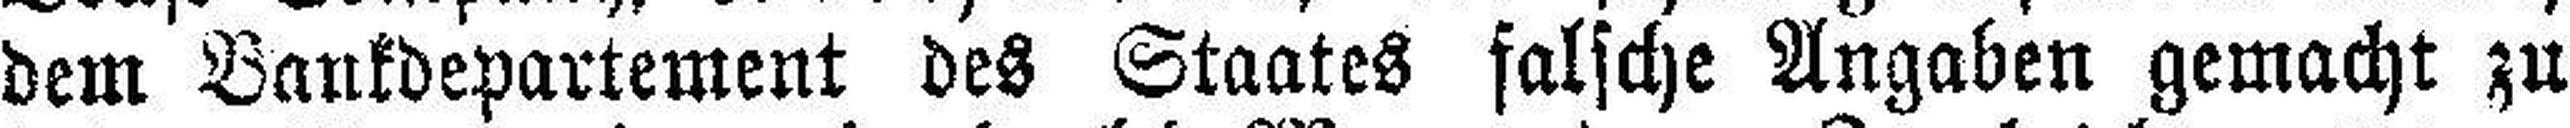
dem Bankdepartement des Staates falsche Angaben gemacht zu